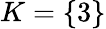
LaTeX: K=\{ 3\}